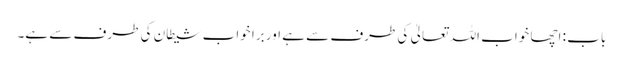
باب : اچھا خواب اللہ تعالیٰ کی طرف سے ہے اور برا خواب شیطان کی طرف سے ہے۔